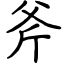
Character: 斧